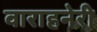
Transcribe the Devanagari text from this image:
वाराहनेरी